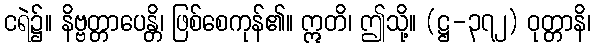
ငရဲ၌။ နိဗ္ဗတ္တာပေန္တိ၊ ဖြစ်စေကုန်၏။ ဣတိ၊ ဤသို့။ (ဋ္ဌ-၃၇၂) ဝုတ္တာနိ၊